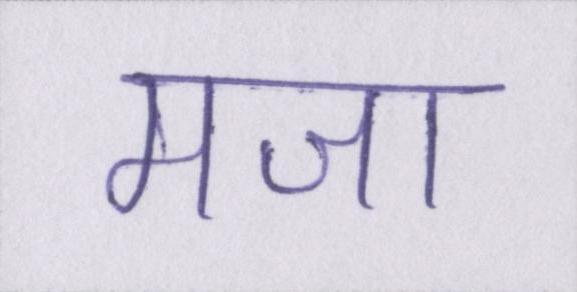
मजा